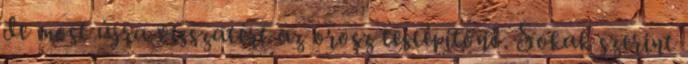
de most újra visszatért az orosz testépítőnő. Sokak szerint